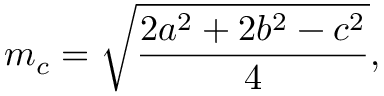
m _ { c } = { \sqrt { \frac { 2 a ^ { 2 } + 2 b ^ { 2 } - c ^ { 2 } } { 4 } } } ,